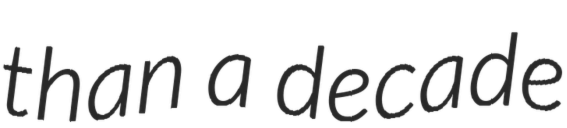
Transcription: than a decade